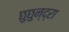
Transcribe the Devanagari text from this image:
छुछुन्द्रा